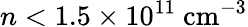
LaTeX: n<1.5\times 10^{11}~\mathrm{cm^{-3}}